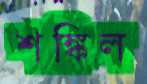
শঙ্কিল